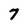
Character: 7